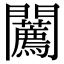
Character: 𨷳